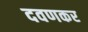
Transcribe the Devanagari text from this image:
दवणकर